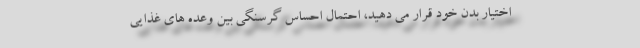
اختیار بدن خود قرار می دهید، احتمال احساس گرسنگی بین وعده های غذایی